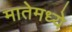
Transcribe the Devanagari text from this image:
मातेमध्ये